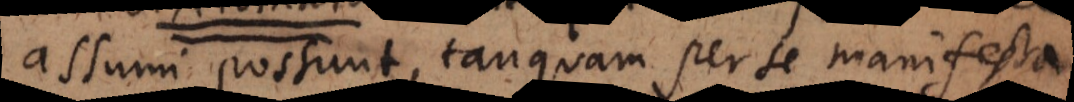
assumi possunt, tanquam per se manifesta,